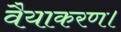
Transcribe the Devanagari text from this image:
वैयाकरण।